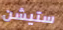
ستيشن